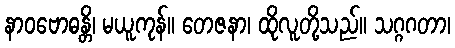
နာဝဗောဓန္တိ၊ မယူကုန်။ တေဇနာ၊ ထိုလူတို့သည်။ သဂ္ဂဂတာ၊